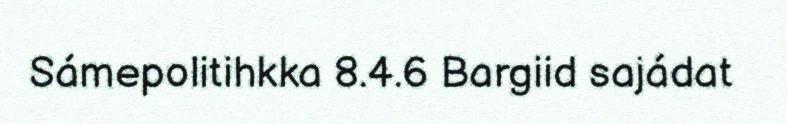
Sámepolitihkka 8.4.6 Bargiid sajádat